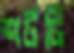
শর্টটি